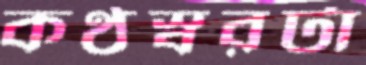
কণ্ঠস্বরটা